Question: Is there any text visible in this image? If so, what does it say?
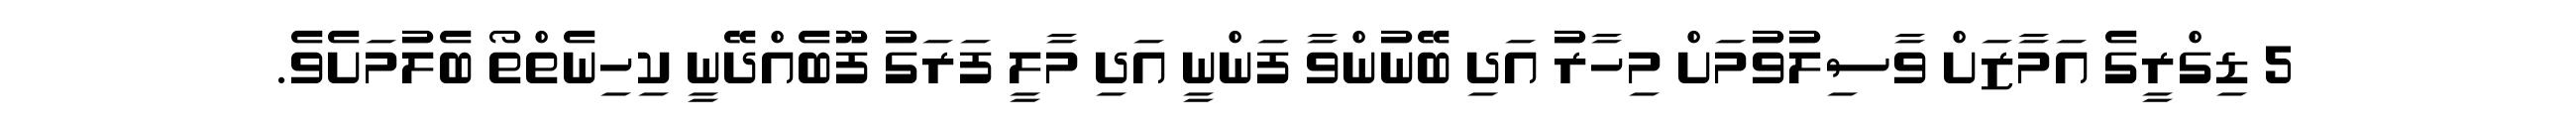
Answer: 5 ޑިގްރީގެ އަމާޒަށް ވާސިލުވުމަށް މިހާރު އަދި ބޭނުންވާ ފަންނީ އަދި މާލީ ފަރަގު ފޫބެއްދޭނީ ކިހިނެތްތޯ ބެލުމަށެވެ.